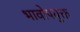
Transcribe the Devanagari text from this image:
भावोपयुक्त